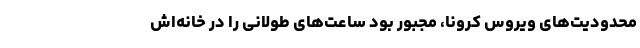
محدودیت‌های ویروس کرونا، مجبور بود ساعت‌های طولانی را در خانه‌اش